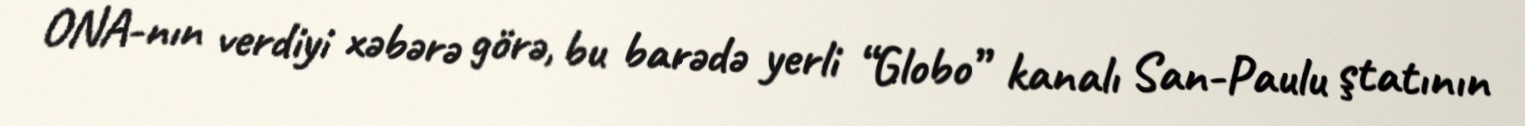
ONA-nın verdiyi xəbərə görə, bu barədə yerli “Globo” kanalı San-Paulu ştatının